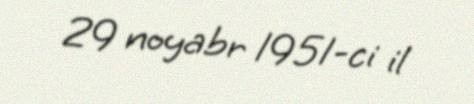
29 noyabr 1951-ci il